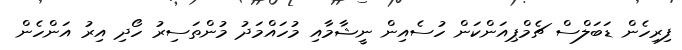
ފިރިހެން ޑަބަލްސް ޗެމްޕިއަންކަން ހުސެއިން ނީޝާމާއި މުހައްމަދު މުންތަސިރު ހޯދި އިރު އަންހެން